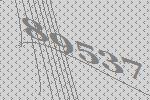
89537